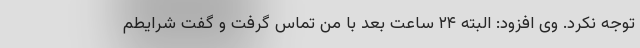
توجه نکرد. وی افزود: البته ۲۴ ساعت بعد با من تماس گرفت و گفت شرایطم